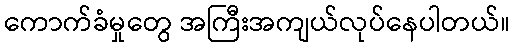
ကောက်ခံမှုတွေ အကြီးအကျယ်လုပ်နေပါတယ်။